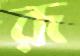
রূ